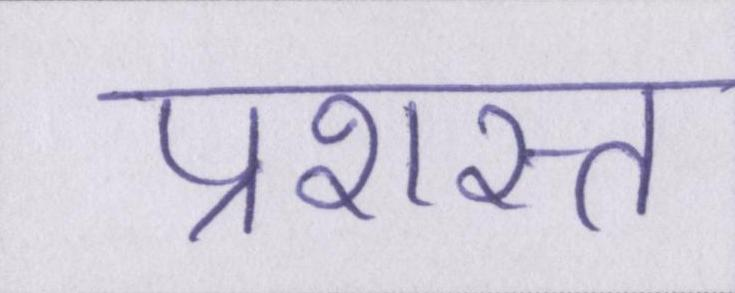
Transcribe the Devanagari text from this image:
प्रशस्त